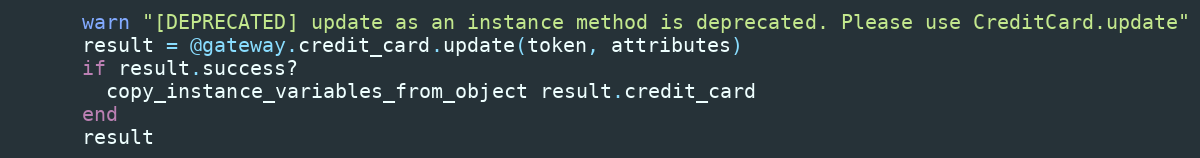
Language: Ruby
      warn "[DEPRECATED] update as an instance method is deprecated. Please use CreditCard.update"
      result = @gateway.credit_card.update(token, attributes)
      if result.success?
        copy_instance_variables_from_object result.credit_card
      end
      result